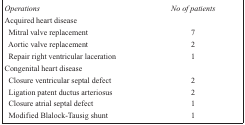
| Operations | No of patients |
 | --- | --- |
 | <COLSPAN=2> Acquired heart disease |
 | Mitral valve replacement | 7 |
 | Aortic valve replacement | 2 |
 | Repair right ventricular laceration | 1 |
 | <COLSPAN=2> Congenital heart disease |
 | Closure ventricular septal defect | 2 |
 | Ligation patent ductus arteriosus | 2 |
 | Closure atrial septal defect | 1 |
 | Modified Blalock-Tausig shunt | 1 |